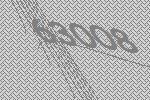
63008